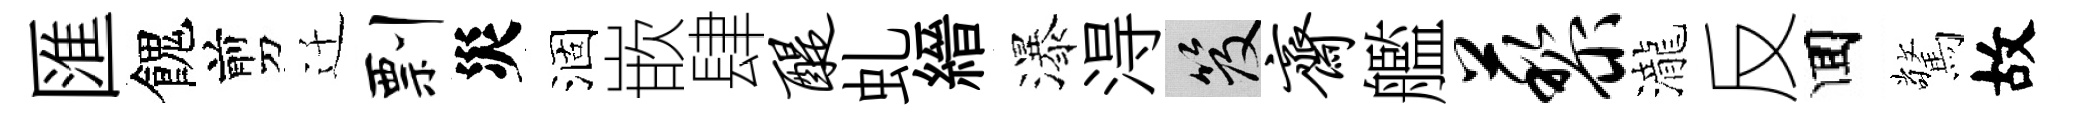
匯餽剪迁剽災涸嵌肆醍虬縉瀑淂笈斋艦藜瀧反囬驚故